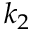
k _ { 2 }